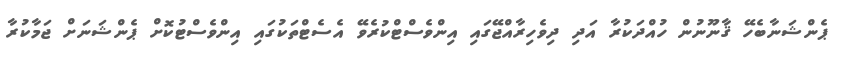
ޕެންޝަނާބެހޭ ޤާނޫނުން ހުއްދަކުރާ އަދި ދިވެހިރާއްޖޭގައި އިންވެސްޓްކުރެވޭ އެސެޓްތަކުގައި އިންވެސްޓުކޮށް ޕެންޝަނަށް ޖަމާކުރާ